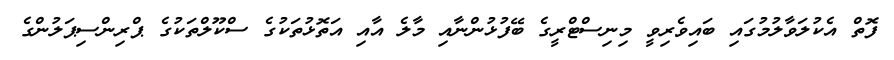
ފޮތް އެކުލަވާލުމުގައި ބައިވެރިވީ މިނިސްޓްރީގެ ބޭފުޅުންނާއި މާލެ އާއި އަތޮޅުތަކުގެ ސްކޫލްތަކުގެ ޕްރިންސިޕަލުންގެ